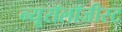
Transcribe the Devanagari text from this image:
न्यूरॉलॉजीस्ट